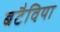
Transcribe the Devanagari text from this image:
बटैविया